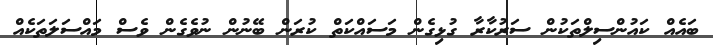
ބައެއް ކައުންސިލްތަކުން ސަރުކާރާ ގުޅިގެން މަސައްކަތް ކުރަން ބޭނުން ނުވެގެން ވެސް މައްސަލަތަކެއް